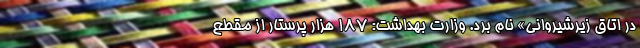
در اتاق زیرشیروانی» نام برد. وزارت بهداشت: ۱۸۷ هزار پرستار از مقطع